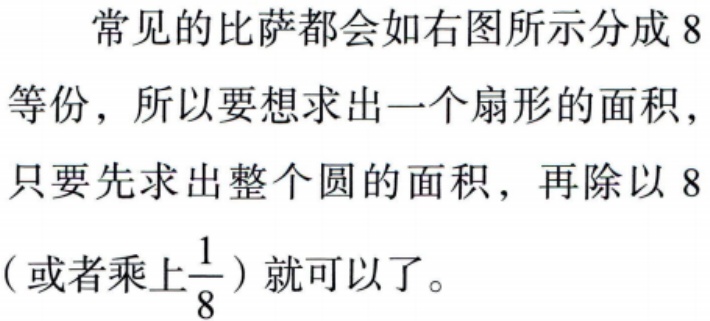
常见的比萨都会如右图所示分成 8 等份，所以要想求出一个扇形的面积，只要先求出整个圆的面积，再除以 8（或者乘上$\frac{1}{8}$）就可以了。